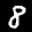
Label: 8